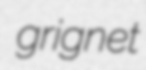
grignet